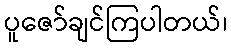
ပူဇော်ချင်ကြပါတယ်၊